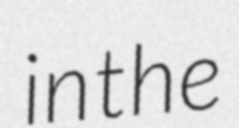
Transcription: in the